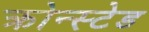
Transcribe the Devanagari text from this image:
क्रोन्स्टेड